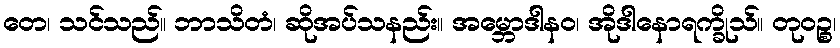
တေ၊ သင်သည်။ ဘာသိတံ၊ ဆိုအပ်သနည်း။ အမ္ဘောဒါနဝ၊ အိုဒါနောရက္ခိုသ်။ တုဝဉ္စ၊